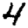
Digit: 4